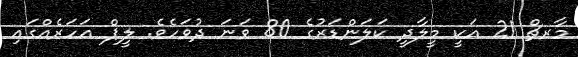
މާރޗް 21 އަކީ މީލާދީ ކަލަންޑަރުގެ 80 ވަނަ ދުވަހެވެ. ލީޕް އަހަރެއްގައި